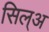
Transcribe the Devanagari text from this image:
सिल्‌अ